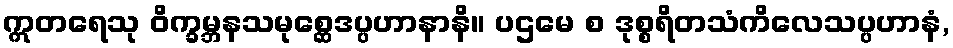
ဣတရေသု ဝိက္ခမ္ဘနသမုစ္ဆေဒပ္ပဟာနာနိ။ ပဌမေ စ ဒုစ္စရိတသံကိလေသပ္ပဟာနံ,